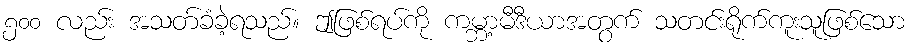
၅၀၀ လည်း အသတ်ခံခဲ့ရသည်။ ဤဖြစ်ရပ်ကို ကမ္ဘာ့မီဒီယာအတွက် သတင်းရိုက်ကူးသူဖြစ်သော